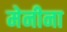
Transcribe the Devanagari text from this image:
मेनीना